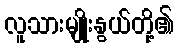
လူသားမျိုးနွယ်တို့၏